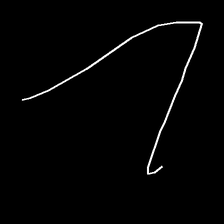
Glyph: region